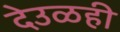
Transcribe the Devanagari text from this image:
देउळही